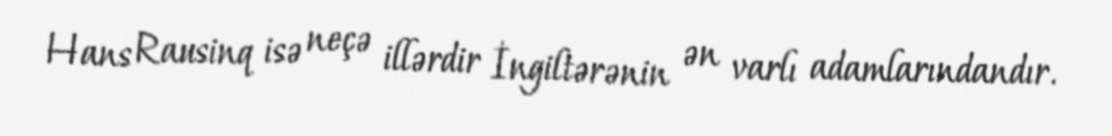
Hans Rausinq isə neçə illərdir İngiltərənin ən varlı adamlarındandır.